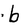
Character: b